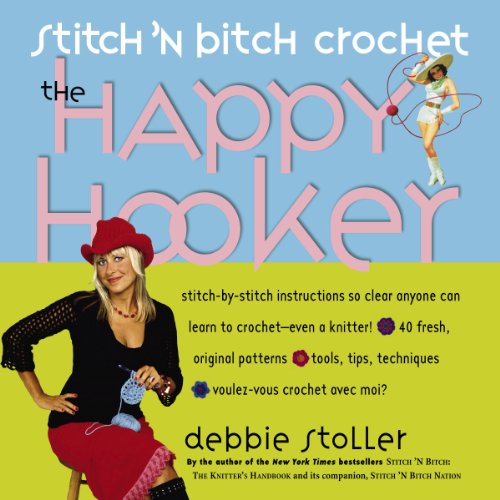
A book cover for Stitch 'N Bitch Crochet: The Happy Hooker; Debbie Stoller; Crafts, Hobbies & Home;